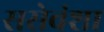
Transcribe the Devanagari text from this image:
ससेवंशा